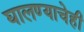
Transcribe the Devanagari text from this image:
घालण्‍याचेही